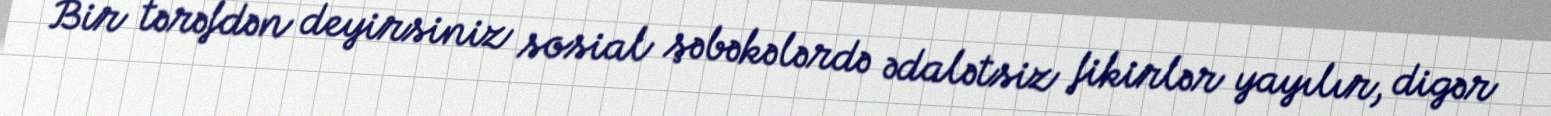
Bir tərəfdən deyirsiniz sosial şəbəkələrdə ədalətsiz fikirlər yayılır, digər